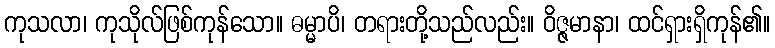
ကုသလာ၊ ကုသိုလ်ဖြစ်ကုန်သော။ ဓမ္မာပိ၊ တရားတို့သည်လည်း။ ဝိဇ္ဇမာနာ၊ ထင်ရှားရှိကုန်၏။